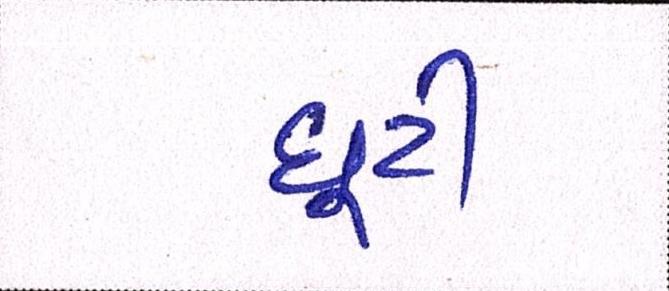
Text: છૂટી